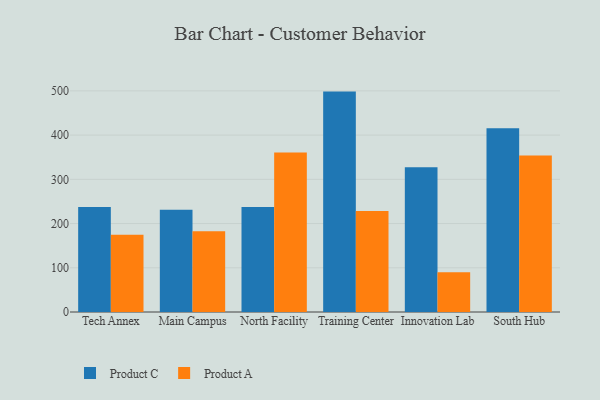
{"axis": {"x": "Campus", "y": "Demand Index"}, "legend": ["Product A", "Product C"], "data": [{"x": "Tech Annex", "y": 237.2, "type": "Product C"}, {"x": "Tech Annex", "y": 174.6, "type": "Product A"}, {"x": "Main Campus", "y": 231.4, "type": "Product C"}, {"x": "Main Campus", "y": 182.7, "type": "Product A"}, {"x": "North Facility", "y": 237.2, "type": "Product C"}, {"x": "North Facility", "y": 360.7, "type": "Product A"}, {"x": "Training Center", "y": 498.4, "type": "Product C"}, {"x": "Training Center", "y": 228.5, "type": "Product A"}, {"x": "Innovation Lab", "y": 327.1, "type": "Product C"}, {"x": "Innovation Lab", "y": 89.7, "type": "Product A"}, {"x": "South Hub", "y": 415.3, "type": "Product C"}, {"x": "South Hub", "y": 354.0, "type": "Product A"}]}